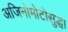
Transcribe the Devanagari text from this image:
अजिनोमोटोसुद्धा